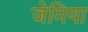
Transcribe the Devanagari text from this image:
जेमिया